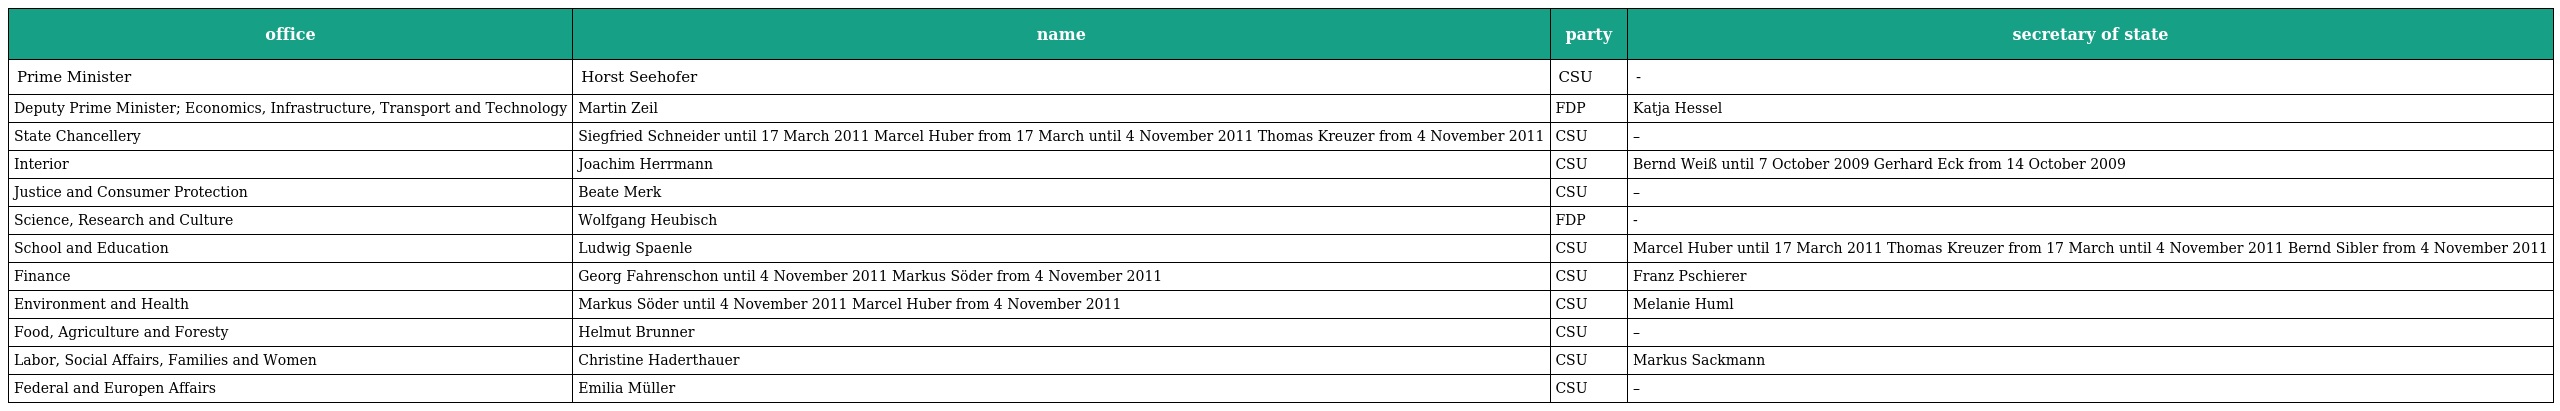
| office | name | party | secretary of state |
 | --- | --- | --- | --- |
 | Prime Minister | Horst Seehofer | CSU | - |
 | Deputy Prime Minister; Economics, Infrastructure, Transport and Technology | Martin Zeil | FDP | Katja Hessel |
 | State Chancellery | Siegfried Schneider until 17 March 2011 Marcel Huber from 17 March until 4 November 2011 Thomas Kreuzer from 4 November 2011 | CSU | – |
 | Interior | Joachim Herrmann | CSU | Bernd Weiß until 7 October 2009 Gerhard Eck from 14 October 2009 |
 | Justice and Consumer Protection | Beate Merk | CSU | – |
 | Science, Research and Culture | Wolfgang Heubisch | FDP | - |
 | School and Education | Ludwig Spaenle | CSU | Marcel Huber until 17 March 2011 Thomas Kreuzer from 17 March until 4 November 2011 Bernd Sibler from 4 November 2011 |
 | Finance | Georg Fahrenschon until 4 November 2011 Markus Söder from 4 November 2011 | CSU | Franz Pschierer |
 | Environment and Health | Markus Söder until 4 November 2011 Marcel Huber from 4 November 2011 | CSU | Melanie Huml |
 | Food, Agriculture and Foresty | Helmut Brunner | CSU | – |
 | Labor, Social Affairs, Families and Women | Christine Haderthauer | CSU | Markus Sackmann |
 | Federal and Europen Affairs | Emilia Müller | CSU | – |